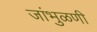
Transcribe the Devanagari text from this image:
जांभुळणी